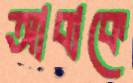
আবাকে